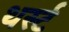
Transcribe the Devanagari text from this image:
थर्स्ट